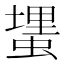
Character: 𰳎